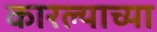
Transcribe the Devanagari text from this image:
कारल्याच्या